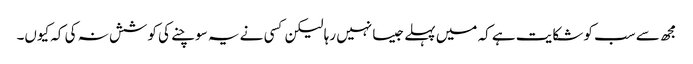
مجھ سے سب کو شکایت ہے کہ میں پہلے جیسا نہیں رہا لیکن کسی نے یہ سوچنے کی کوشش نہ کی کہ کیوں۔